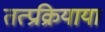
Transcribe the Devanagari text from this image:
तत्प्रक्रियाया